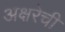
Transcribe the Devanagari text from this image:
अक्षरेची